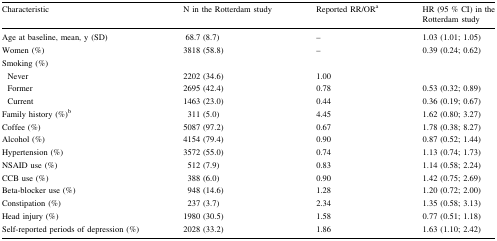
<table><thead><tr><td><b>Characteristic</b></td><td><b>N in the Rotterdam study</b></td><td><b>Reported RR/OR<sup>a</sup></b></td><td><b>HR (95 % CI) in the Rotterdam study</b></td></tr></thead><tbody><tr><td>Age at baseline, mean, y (SD)</td><td>68.7 (8.7)</td><td>–</td><td>1.03 (1.01; 1.05)</td></tr><tr><td>Women (%)</td><td>3818 (58.8)</td><td>–</td><td>0.39 (0.24; 0.62)</td></tr><tr><td colspan="4">Smoking (%)</td></tr><tr><td> Never</td><td>2202 (34.6)</td><td>1.00</td><td></td></tr><tr><td> Former</td><td>2695 (42.4)</td><td>0.78</td><td>0.53 (0.32; 0.89)</td></tr><tr><td> Current</td><td>1463 (23.0)</td><td>0.44</td><td>0.36 (0.19; 0.67)</td></tr><tr><td>Family history (%)<sup>b</sup></td><td>311 (5.0)</td><td>4.45</td><td>1.62 (0.80; 3.27)</td></tr><tr><td>Coffee (%)</td><td>5087 (97.2)</td><td>0.67</td><td>1.78 (0.38; 8.27)</td></tr><tr><td>Alcohol (%)</td><td>4154 (79.4)</td><td>0.90</td><td>0.87 (0.52; 1.44)</td></tr><tr><td>Hypertension (%)</td><td>3572 (55.0)</td><td>0.74</td><td>1.13 (0.74; 1.73)</td></tr><tr><td>NSAID use (%)</td><td>512 (7.9)</td><td>0.83</td><td>1.14 (0.58; 2.24)</td></tr><tr><td>CCB use (%)</td><td>388 (6.0)</td><td>0.90</td><td>1.42 (0.75; 2.69)</td></tr><tr><td>Beta-blocker use (%)</td><td>948 (14.6)</td><td>1.28</td><td>1.20 (0.72; 2.00)</td></tr><tr><td>Constipation (%)</td><td>237 (3.7)</td><td>2.34</td><td>1.35 (0.58; 3.13)</td></tr><tr><td>Head injury (%)</td><td>1980 (30.5)</td><td>1.58</td><td>0.77 (0.51; 1.18)</td></tr><tr><td>Self-reported periods of depression (%)</td><td>2028 (33.2)</td><td>1.86</td><td>1.63 (1.10; 2.42)</td></tr></tbody></table>